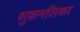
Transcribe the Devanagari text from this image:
शुक्रनलिका